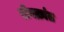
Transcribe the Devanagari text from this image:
रोगक्रांत